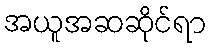
အယူအဆဆိုင်ရာ